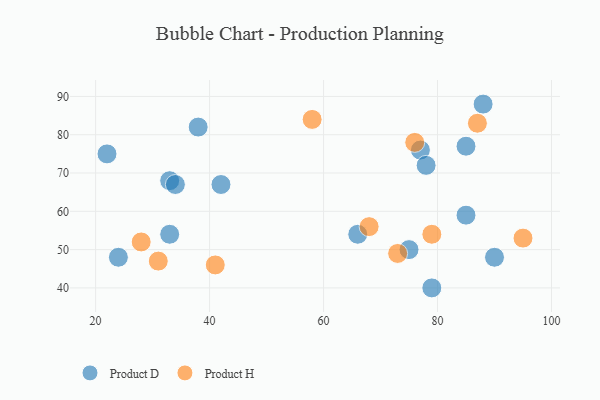
{"axis": {"x": "GDP", "y": "Life Expectancy"}, "legend": ["Product D", "Product H"], "data": [{"x": "42", "y": 67, "type": "Product D"}, {"x": "22", "y": 75, "type": "Product D"}, {"x": "33", "y": 68, "type": "Product D"}, {"x": "75", "y": 50, "type": "Product D"}, {"x": "88", "y": 88, "type": "Product D"}, {"x": "33", "y": 54, "type": "Product D"}, {"x": "66", "y": 54, "type": "Product D"}, {"x": "90", "y": 48, "type": "Product D"}, {"x": "77", "y": 76, "type": "Product D"}, {"x": "79", "y": 40, "type": "Product D"}, {"x": "78", "y": 72, "type": "Product D"}, {"x": "85", "y": 77, "type": "Product D"}, {"x": "38", "y": 82, "type": "Product D"}, {"x": "34", "y": 67, "type": "Product D"}, {"x": "85", "y": 59, "type": "Product D"}, {"x": "24", "y": 48, "type": "Product D"}, {"x": "95", "y": 53, "type": "Product H"}, {"x": "76", "y": 78, "type": "Product H"}, {"x": "28", "y": 52, "type": "Product H"}, {"x": "73", "y": 49, "type": "Product H"}, {"x": "31", "y": 47, "type": "Product H"}, {"x": "68", "y": 56, "type": "Product H"}, {"x": "58", "y": 84, "type": "Product H"}, {"x": "41", "y": 46, "type": "Product H"}, {"x": "79", "y": 54, "type": "Product H"}, {"x": "87", "y": 83, "type": "Product H"}]}